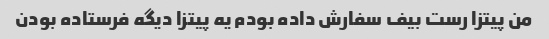
من پیتزا رست بیف سفارش داده بودم یه پیتزا دیگه فرستاده بودن